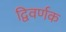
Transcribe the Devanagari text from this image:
द्विवर्णक